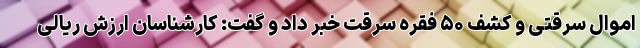
اموال سرقتی و کشف ۵۰ فقره سرقت خبر داد و گفت: کارشناسان ارزش ریالی